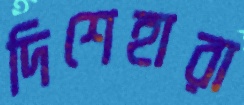
দিশেহারা